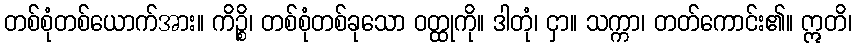
တစ်စုံတစ်ယောက်အား။ ကိဉ္စိ၊ တစ်စုံတစ်ခုသော ဝတ္ထုကို။ ဒါတုံ၊ ငှာ။ သက္ကာ၊ တတ်ကောင်း၏။ ဣတိ၊